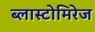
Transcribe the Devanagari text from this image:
ब्लास्टोमिरेज